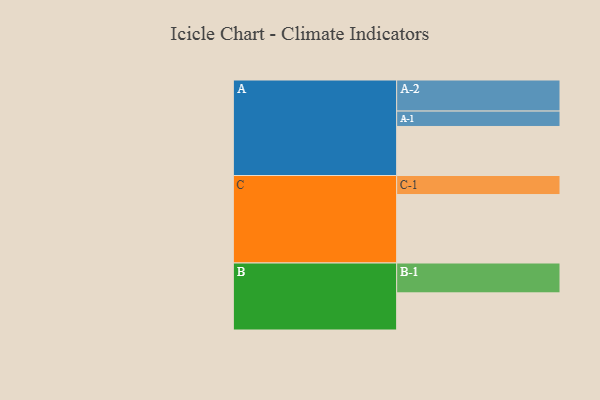
{"axis": {"x": "Segment", "y": "Value"}, "legend": ["", "A", "B", "C"], "data": [{"x": "A", "y": 404, "type": ""}, {"x": "B", "y": 306, "type": ""}, {"x": "C", "y": 564, "type": ""}, {"x": "A-1", "y": 127, "type": "A"}, {"x": "A-2", "y": 256, "type": "A"}, {"x": "B-1", "y": 246, "type": "B"}, {"x": "C-1", "y": 157, "type": "C"}]}